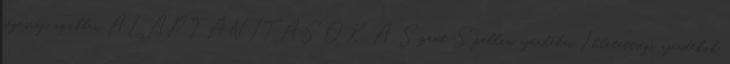
régesrég, azokban ALAPTANÍTÁSOK. A Szent Szellem ajándékai Ihletettségi ajándékok